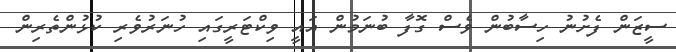
ސީޒަން ފެށުނު ހިސާބުން ވެސް ގޮފާ ބުނަމުން އައީ ވިކްޓަރީގައި ހުނަރުވެރި ކުޅުންތެރިން